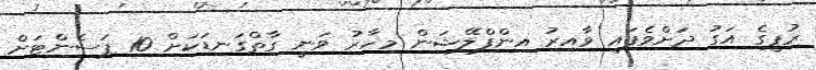
ރުޕީގެ އަގު ދަށްވެފައި ވާއިރު އިންފްލޭޝަން މިހާރު ވަނީ ގާތްގަނޑަކަށް 10 ޕަސެންޓަށް